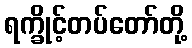
ရက္ခိုင့်တပ်တော်တို့